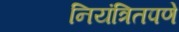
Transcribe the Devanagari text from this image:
नियंत्रितपणे